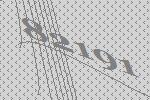
82191